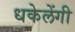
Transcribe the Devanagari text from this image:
धकेलेंगी